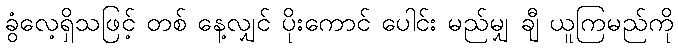
ခွံလေ့ရှိသဖြင့် တစ် နေ့လျှင် ပိုးကောင် ပေါင်း မည်မျှ ချီ ယူကြမည်ကို